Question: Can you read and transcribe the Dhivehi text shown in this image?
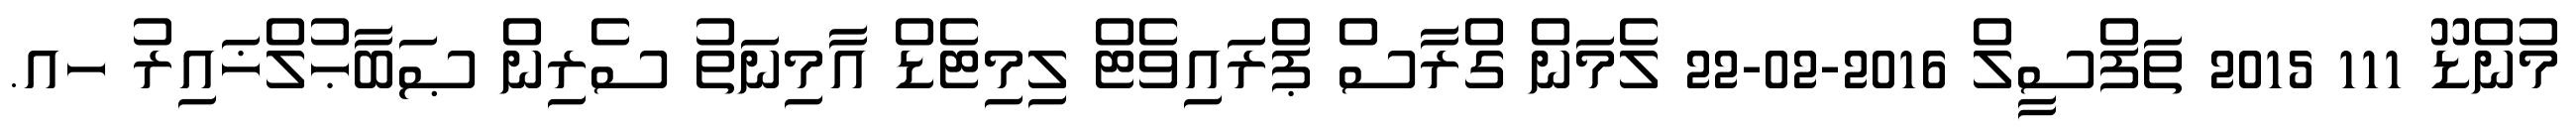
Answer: މުންޑޫ 111 2015 ތަފްސީލް 2016-02-22 ލެމަން ގްރާސް ޕްރައިވެޓް ލިމިޓެޑް އާމިނަތު ސެރިން ޞަބާޙުލްޚައިރު ހއ.